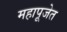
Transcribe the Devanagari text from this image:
महापूजेत